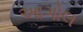
આગોલ